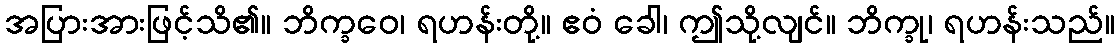
အပြားအားဖြင့်သိ၏။ ဘိက္ခဝေ၊ ရဟန်းတို့။ ဧဝံ ခေါ၊ ဤသို့လျင်။ ဘိက္ခု၊ ရဟန်းသည်။